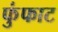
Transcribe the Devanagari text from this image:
फुंफाट